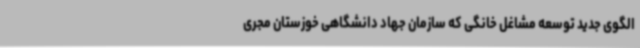
الگوی جدید توسعه مشاغل خانگی که سازمان جهاد دانشگاهی خوزستان مجری